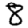
Digit: 8